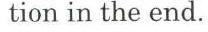
tion in the end.